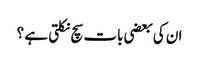
ان کی بعضی بات سچ نکلتی ہے ؟